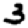
Digit: 3